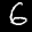
Label: 6